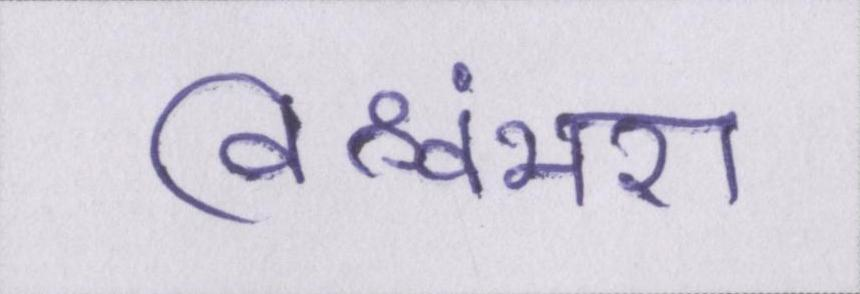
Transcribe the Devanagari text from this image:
विश्वंभरा